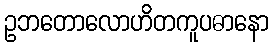
ဥဘတောလောဟိတကူပဓာနော